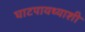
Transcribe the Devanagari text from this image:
घाटपायथ्याशी